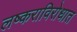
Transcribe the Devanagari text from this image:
लष्कराविरोधात